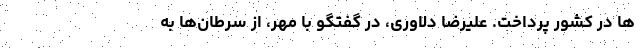
ها در کشور پرداخت. علیرضا دلاوری، در گفتگو با مهر، از سرطان‌ها به